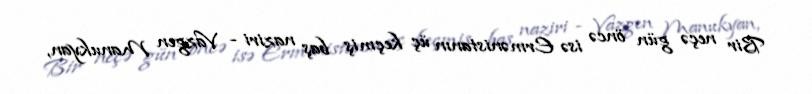
Bir neçə gün öncə isə Ermənistanın üç keçmiş baş naziri - Vazgen Manukyan,